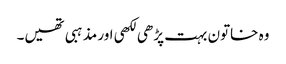
وہ خاتون بہت پڑھی لکھی اور مذہبی تھیں۔